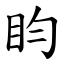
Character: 盷